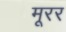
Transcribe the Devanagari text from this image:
मूरर